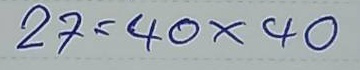
27 = 40x40